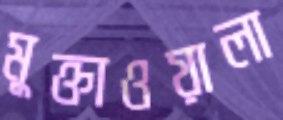
মুক্তাওয়ালা